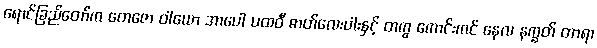
ရောင်ခြည်တော်က တေဇော ဝါယော အာပေါ ပထဝီ ဓာတ်လေးပါးနှင့် တကွ ကောင်းကင် နေလ နက္ခတ် တာရာ